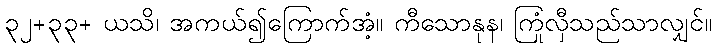
၃၂+၃၃+ ယသိ၊ အကယ်၍ကြောက်အံ့။ ကီသောနုန၊ ကြုံလှီသည်သာလျှင်။